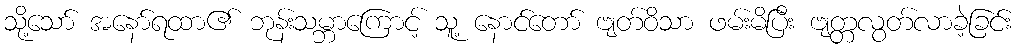
သို့သော် အနော်ရထာ၏ ဘုန်းသမ္ဘာကြောင့် သူ့ နောင်တော် ဗျတ်ဝိသာ ဖမ်းမိပြီး ဗျတ္တလွတ်လာခဲ့ခြင်း